Report on sanitation, dispensaries, and jails in Rajputana for 1915, and on vaccination for the year 1915-1916 - 1915-1916
Year: 1915
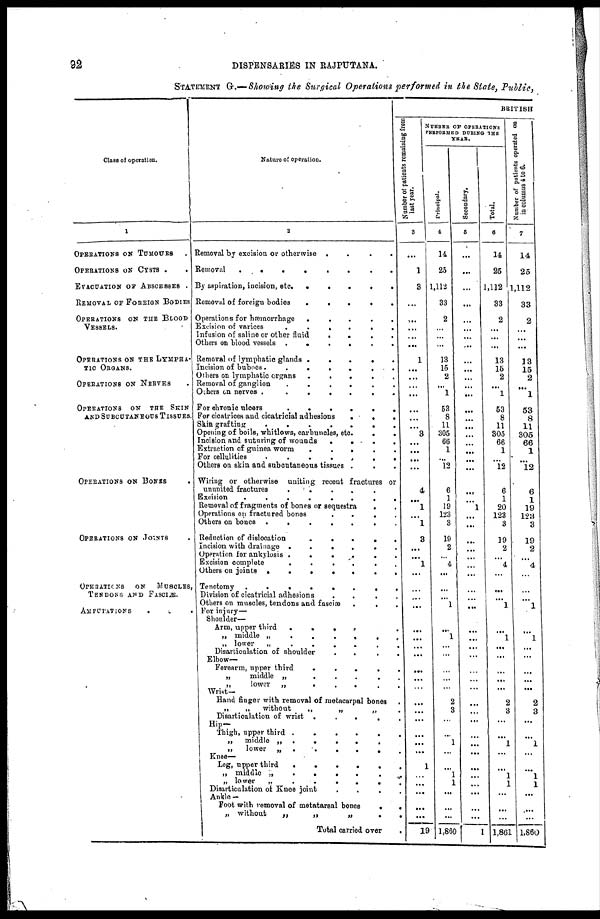
92
DISPENSARIES IN RAJPUTANA.
STATEMENT G.—Showing the Surgical Operations performed in the State, Public,
Class of operation.
1
OPERATIONS ON TUMOURS .
OPERATIONS ON CYSTS .
.
EVACUATION OF ABSCESSES .
REMOVAL OF FOREIGN BODIES
OPERATIONS ON THE BLOOD
VESSELS.
OPERATIONS ON THE LYMPHA-
TIC ORGANS.
OPERATIONS ON NERVES .
OPERATIONS ON THE SKIN
AND SUBCUTANEOUS TISSUES.
OPERATIONS ON BONES .
OPERATIONS ON JOINTS .
OPERATIONS
ON
MUSCLES,
TENDONS AND FASCIÆ.
AMPUTATIONS
.
.
.
Nature of operation.
2
Removal by excision or otherwise
.
.
.
.
Removal
........
By aspiration, incision, etc. .
.
.
.
.
Removal of foreign bodies
.
.
.
.
.
Operations for hæmorrhage
.
.
.
.
.
Excision of varices
.
.
.
.
.
.
Infusion of saline or other
fluid
.
.
.
.
Others on blood vessels
.
.
.
.
Removal of lymphatic glands
......
Incision of buboes
.......
Others on lymphatic organs
.
.
.
.
.
Removal of ganglion
.
.
.
.
.
Others on nerves
.......
For chronic
ulcers
......
For cicatrices and cicatricial adhesions
.
.
.
Skin grafting
.......
Opening of boils, whitlows, carbuncles, etc
.
.
Incision and suturing of wounds
.
.
.
.
Extraction of guinea worm
.
.
.
.
.
For cellulites
........
Others on skin and subcutaneous tissues .
Wiring or otherwise uniting recent fractures or
ununited fractures
.
.
.
.
Excision
........
Removal of fragments of bones or sequestra
.
Operations on fractured bones
.
.
.
.
Others on bones
......
Reduction of dislocation
.
.
.
.
.
Incision with drainage
.
.
.
.
.
Operation for ankylosis
......
Excision complete
.
.
.
.
.
Others on joints .
.
.
.
.
.
Tenotomy
........
Division of cicatricial adhesions
.
.
.
.
Others on muscles, tendons and fasciæ . . .
For injury—
Shoulder—
Arm, upper third
.
.
.
.
„ middle
„ lower
„
......
Disarticulation of shoulder
.
.
.
.
Elbow—
Forearm, upper third
.
.
.
.
„
middle „
.
.
.
.
.
„
lower „
Wrist—
Hand finger with removal of metacarpal bones .
„
„
without
„
„
„ .
Disarticulation of wrist
.
.
.
.
.
Hip—
Thigh, upper third
......
,, middle ,,
.
.
.
.
.
„
lower
„
......
Knee—
Leg, upper third
„ middle
.......
„ lower
„
.
.
.
.
.
Disarticulation of Knee joint
.
.
.
.
Ankle —
Foot with removal of metatarsal bones
.
.
„ without
„
„
„
.
.
Total carried over
.
BRITISH
Number
of patients remaining from
last year.
3
...
1
3
...
...
...
...
...
1
...
...
...
...
...
...
...
3
...
...
...
...
4
...
1
...
1
3
...
...
1
...
...
...
...
...
...
...
...
...
...
...
...
...
...
...
...
...
1
...
...
...
...
...
19
NUMBER OF OPERATIONS
PERFORMED DURING THE
YEAR.
Principal.
4
14
25
1,112
33
2
...
...
...
13
15
2
...
1
53
8
11
305
66
1
...
12
6
1
19
123
3
19
2
...
4
...
...
...
1
...
1
...
...
...
...
...
2
3
...
...
1
...
...
1
1
...
...
...
1,860
Secondary.
5
...
...
...
...
...
...
...
...
...
...
...
...
...
...
...
...
...
...
...
...
...
...
...
1
...
...
...
...
...
...
...
...
...
...
...
...
...
...
...
...
...
...
...
...
...
...
...
...
...
...
...
...
...
1
Total.
6
14
25
1,112
33
2
...
...
...
13
15
2
...
1
53
8
11
305
66
1
...
12
6
1
20
123
3
19
2
...
4
...
...
...
1
...
1
...
...
...
...
...
2
3
...
...
1
...
...
1
1
...
...
...
1,861
Number of patients operated on
in columus 4 to 6.
7
14
25
1,112
33
2
...
...
...
13
15
2
...
1
53
8
11
305
66
1
...
12
6
1
19
123
3
19
2
...
4
...
...
...
1
...
1
...
...
...
...
...
2
3
...
...
1
...
...
1
1
...
...
...
1,860